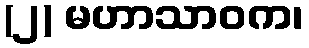
(၂) မဟာသာဝက၊